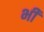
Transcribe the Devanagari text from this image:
भी